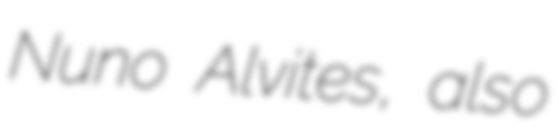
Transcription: Nuno Alvites, also